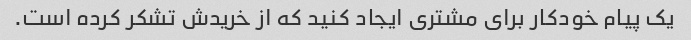
یک پیام خودکار برای مشتری ایجاد کنید که از خریدش تشکر کرده است.